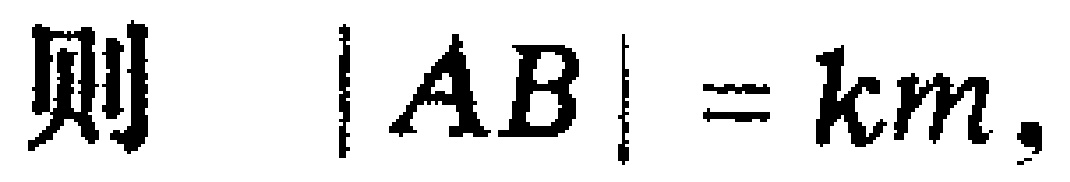
则\(\vert AB\vert = km\)，